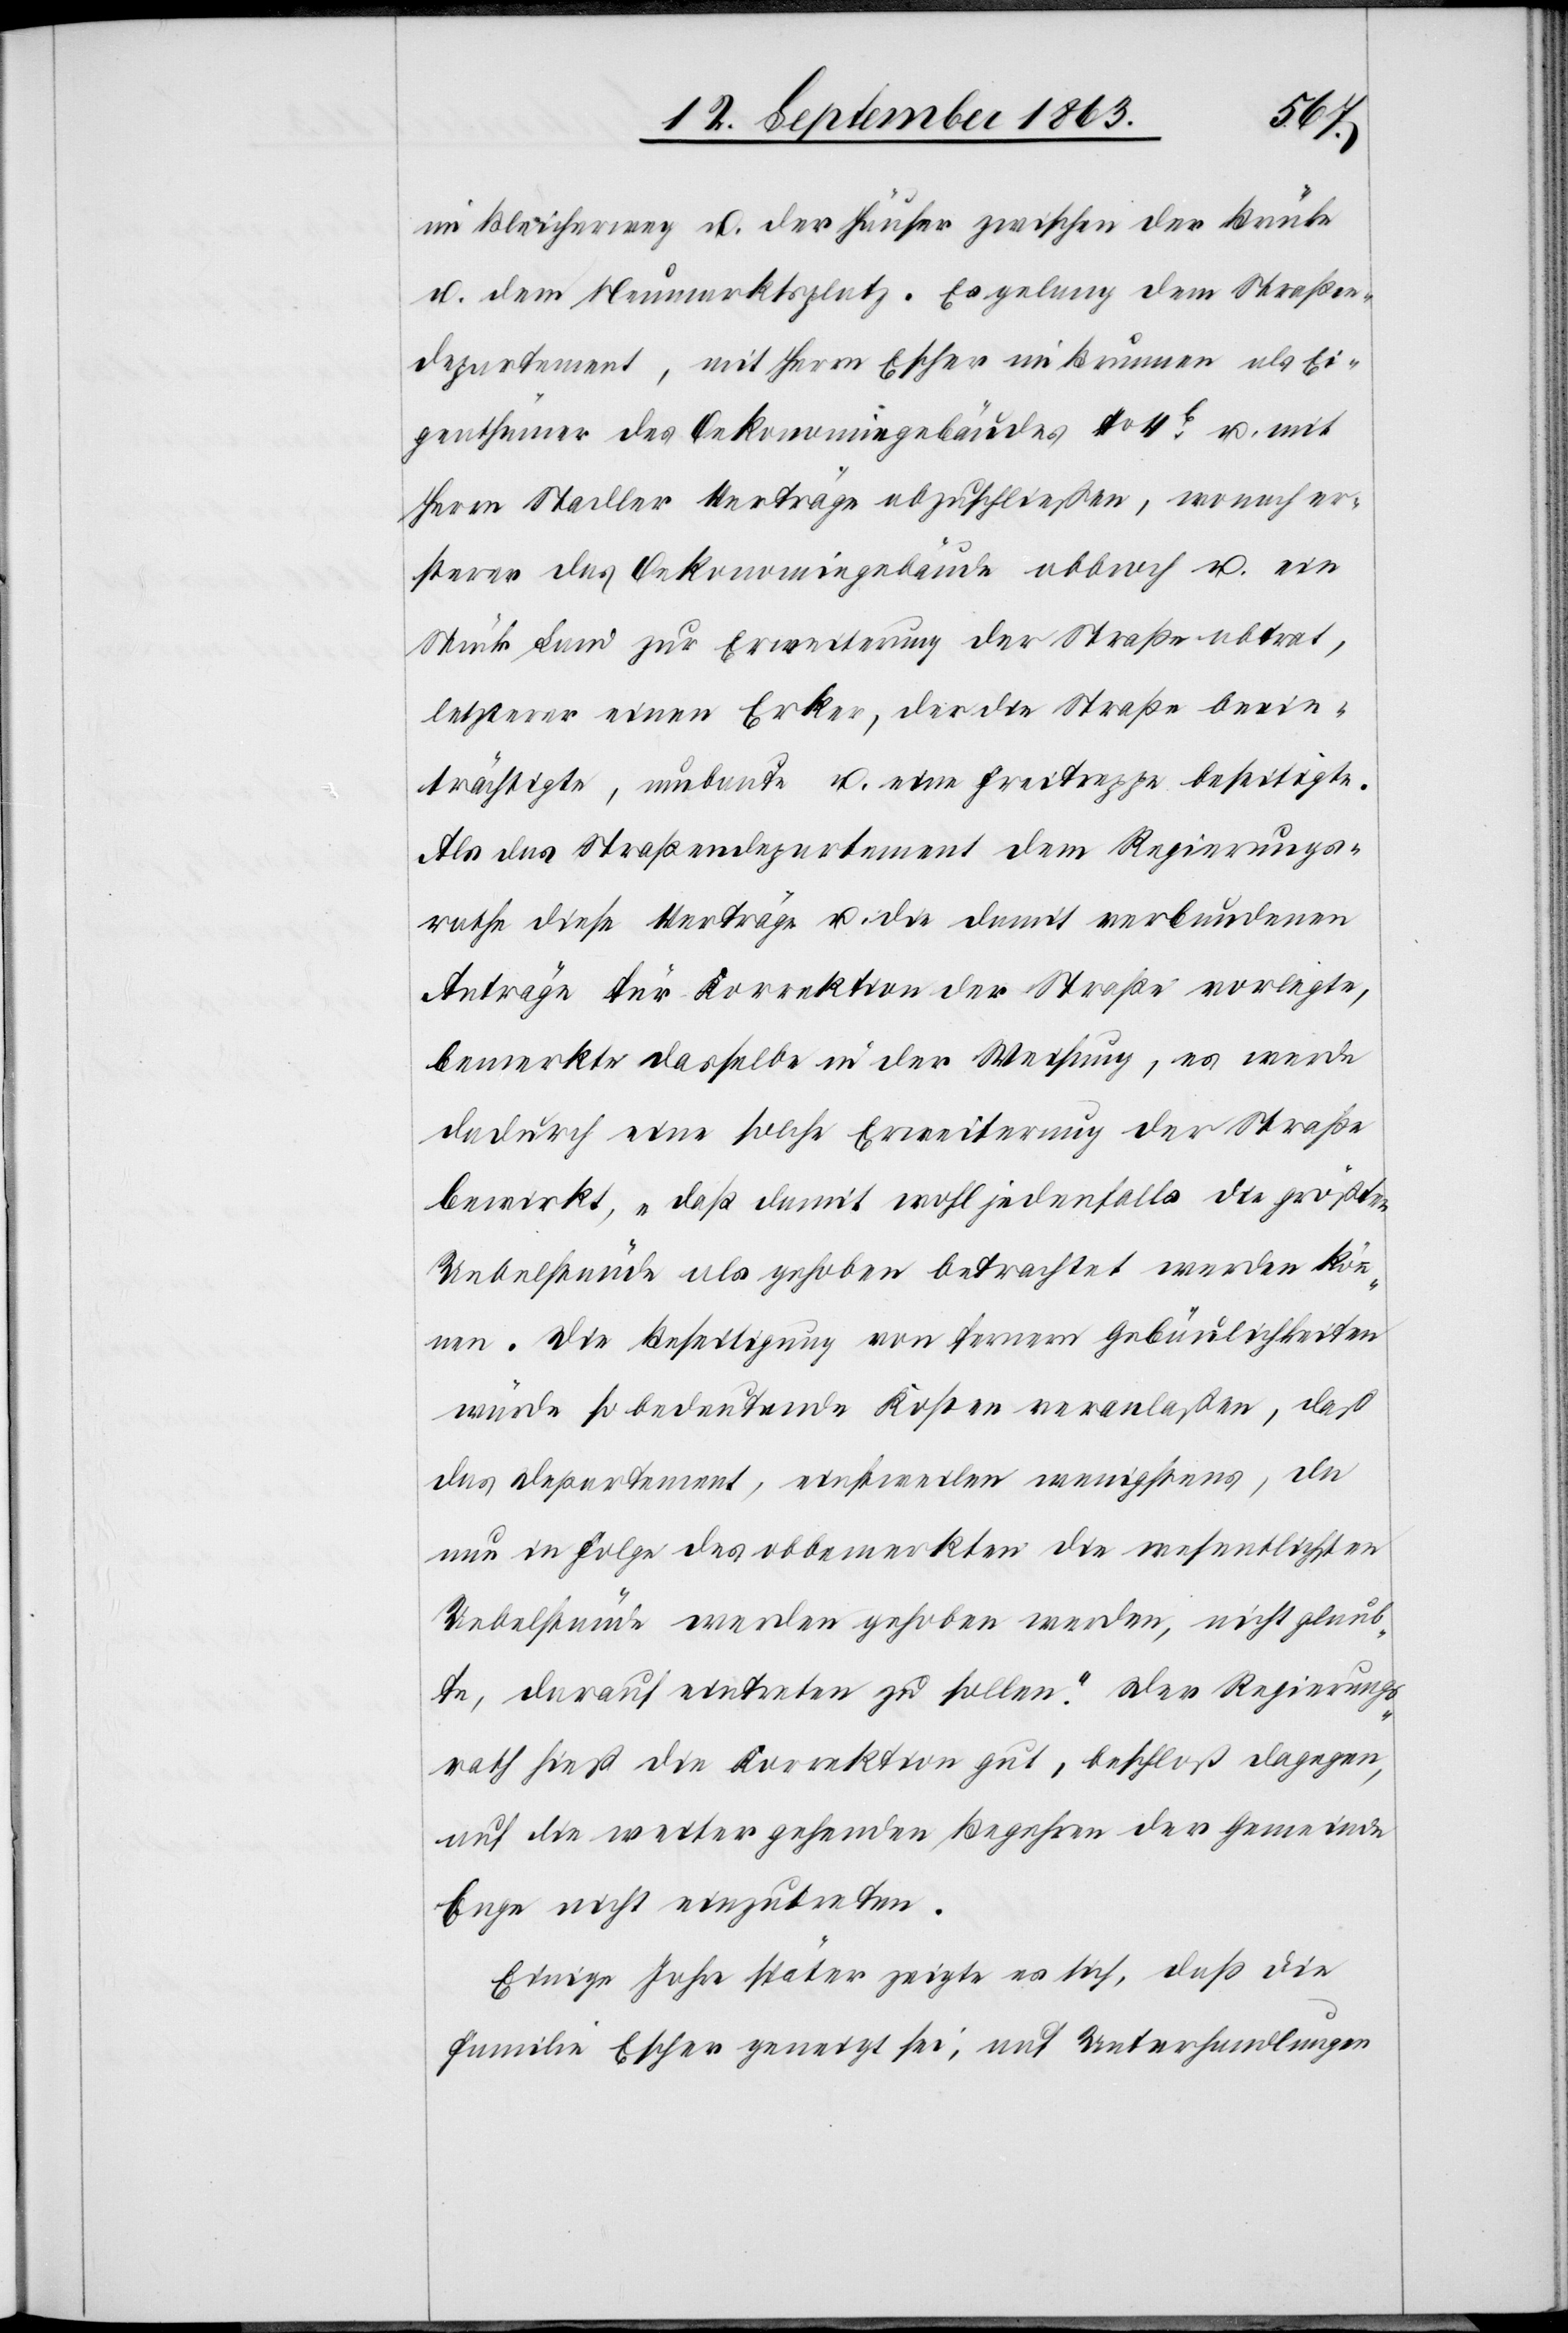
im Bleicherweg u. der Häuser zwischen der Brücke
u. dem Neumarktsplatz. Es gelang dem Straßen¬
departement, mit Herrn Escher im Brunnen als Ei¬
genthümer des Oekonomiegebäudes No 4b u. mit
Herrn Stadler Verträge abzuschließen, wonach er¬
sterer das Oekonomiegebäude abbrach u. ein
Stück Land zur Erweiterung der Straße abtrat,
letzterer einen Erker, der die Straße beein¬
trächtigte, umbaute u. eine Freitreppe beseitigte.
Als das Straßendepartement dem Regierungs¬
rathe diese Verträge u. die damit verbundenen
Anträge für Korrektion der Straße vorlegte,
bemerkte dasselbe in der Weisung, es werde
dadurch eine solche Erweiterung der Straße
bewirkt, „daß damit wohl jedenfalls die größten
Uebelstände als gehoben betrachtet werden kön¬
nen. Die Beseitigung von fernern Gebäulichkeiten
würde so bedeutende Kosten veranlaßen, daß
das Departement, einstweilen wenigstens, da
nun in Folge des obbemerkten die wesentlichsten
Uebelstände werden gehoben werden, nicht glaub¬
te, darauf eintreten zu sollen.“ Der Regierungs¬
rath hieß die Korrektion gut, beschloß dagegen,
auf die weiter gehenden Begehren der Gemeinde
Enge nicht einzutreten.
Einige Jahre später zeigte es sich, daß die
Familie Escher geneigt sei, auf Unterhandlungen